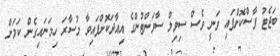
ބަޖެޓު ފާސްކޮށްފައި ވަނީ ވެސް ސިވިލް ސާވަންޓުންގެ އިއާދަކޮށްފައިވާ މުސާރަ ހިމަނައިގެން ކަމަށް